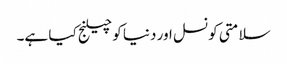
سلامتی کونسل اور دنیا کو چیلنج کیا ہے۔